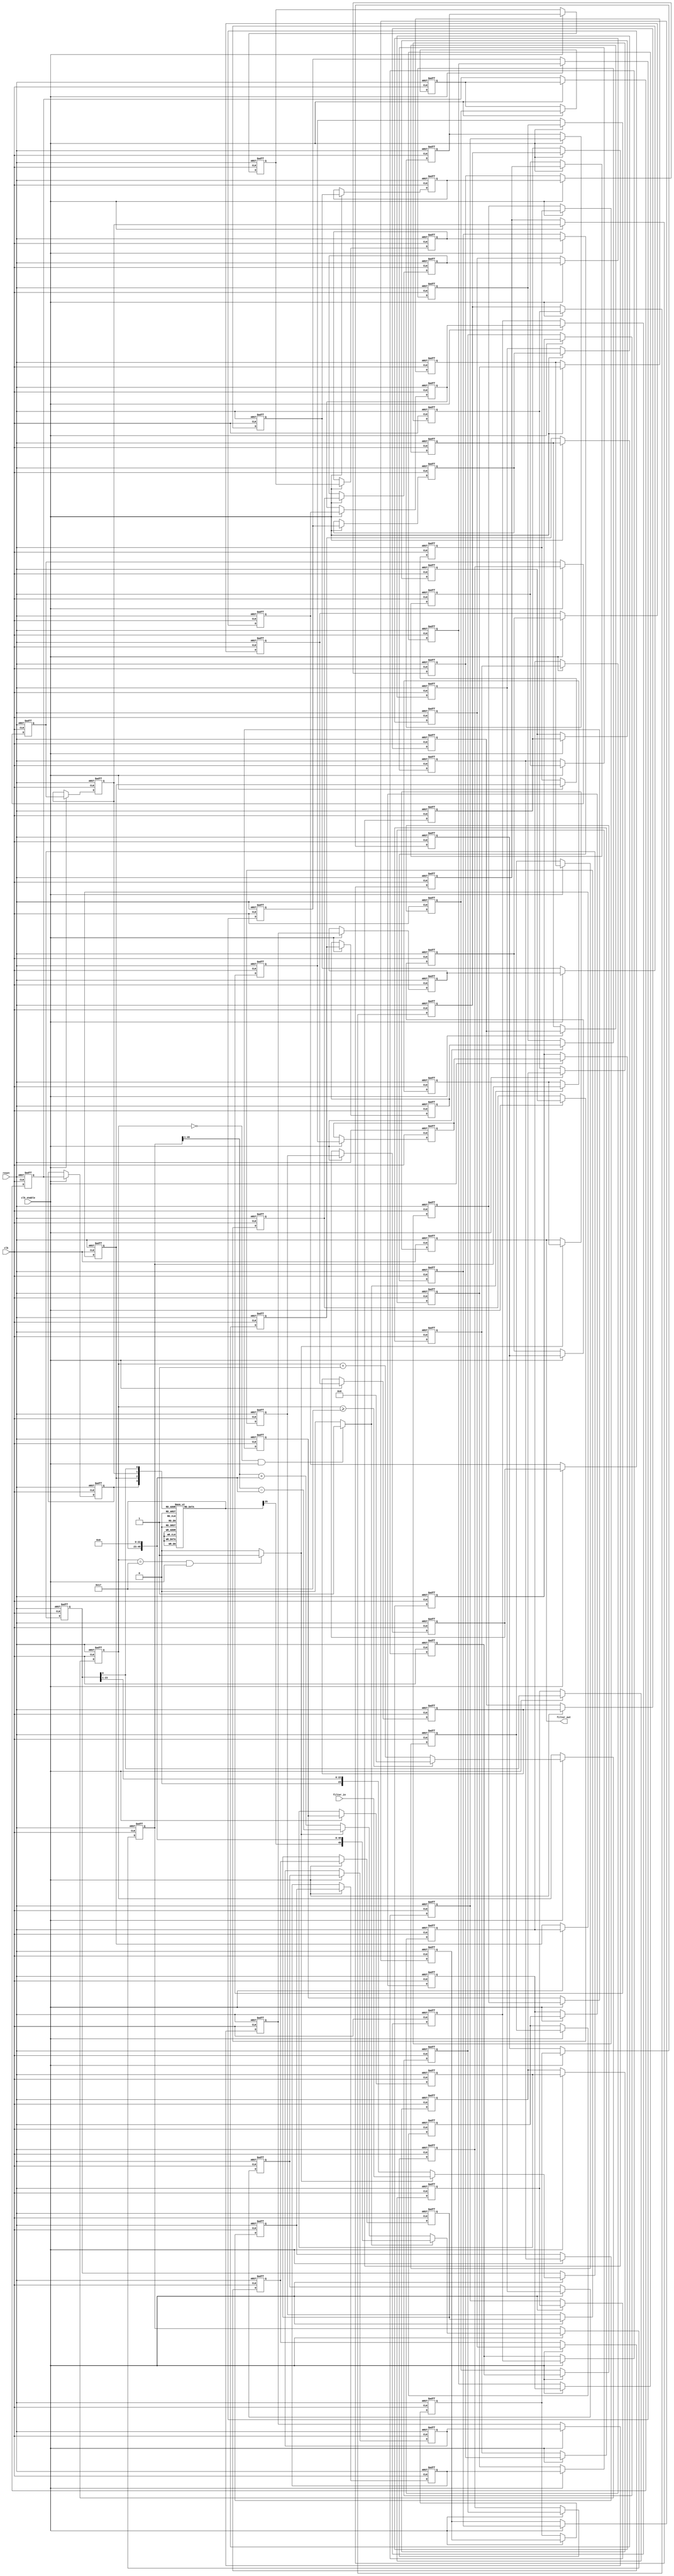
// -------------------------------------------------------------
//
// Module: fir_min_24b_da
// Generated by MATLAB(R) 9.12 and Filter Design HDL Coder 3.1.11.
// Generated on: 2023-06-27 19:43:58
// -------------------------------------------------------------

// -------------------------------------------------------------
// HDL Code Generation Options:
//
// FIRAdderStyle: tree
// MultiplierInputPipeline: 1
// MultiplierOutputPipeline: 1
// OptimizeForHDL: on
// TargetDirectory: W:\Nikos\UTh\ \Project\FIR_Minimum_Order\distributed_arithmetic\24b_fixed_point
// AddPipelineRegisters: on
// Name: fir_min_24b_da
// DALUTPartition: 4
// InputDataType: numerictype(1,24,0)
// TargetLanguage: Verilog
// TestBenchName: fir_min_24b_da_tb
// TestBenchStimulus: impulse step ramp chirp noise 

// Filter Specifications:
//
// Sample Rate     : 46 kHz
// Response        : Lowpass
// Specification   : N,Fp,Fst,Ap
// Stopband Edge   : 9.6 kHz
// Passband Ripple : 60 dB
// Filter Order    : 3
// Passband Edge   : 8 kHz
// -------------------------------------------------------------

// -------------------------------------------------------------
// HDL Implementation    : Distributed arithmetic (DA)
// Folding Factor        : 24
// LUT Address Width     : 4
// Total LUT Size (bits) : 416
// -------------------------------------------------------------
// Filter Settings:
//
// Discrete-Time FIR Filter (real)
// -------------------------------
// Filter Structure  : Direct-Form FIR
// Filter Length     : 4
// Stable            : Yes
// Linear Phase      : Yes (Type 2)
// Arithmetic        : fixed
// Numerator         : s24,32 -> [-1.953125e-03 1.953125e-03)
// -------------------------------------------------------------




`timescale 1 ns / 1 ns

module fir_min_24b_da
               (
                clk,
                clk_enable,
                reset,
                filter_in,
                filter_out
                );

  input   clk; 
  input   clk_enable; 
  input   reset; 
  input   signed [23:0] filter_in; //sfix24
  output  signed [49:0] filter_out; //sfix50_En32

////////////////////////////////////////////////////////////////
//Module Architecture: fir_min_24b_da
////////////////////////////////////////////////////////////////
  // Local Functions
  // Type Definitions
  // Constants
  parameter signed [23:0] coeff1 = 24'b001111110011111010100011; //sfix24_En32
  parameter signed [23:0] coeff2 = 24'b010001101000010110011010; //sfix24_En32
  parameter signed [23:0] coeff3 = 24'b010001101000010110011010; //sfix24_En32
  parameter signed [23:0] coeff4 = 24'b001111110011111010100011; //sfix24_En32

  // Signals
  wire signed [23:0] filter_in_cast; // sfix24
  reg  [4:0] cur_count; // ufix5
  wire phase_23; // boolean
  wire phase_0; // boolean
  wire serialoutb1; // ufix1
  reg  signed [23:0] shiftreg; // sfix24
  reg  delay_pipeline [0:71] ; // boolean
  wire [3:0] mem_addr; // ufix4
  reg  signed [25:0] memoutb1; // sfix26_En32
  reg  signed [49:0] acc_out; // sfix50_En55
  wire signed [49:0] memoutb1_cast; // sfix50_En55
  wire signed [49:0] add_sub_out; // sfix50_En55
  wire signed [49:0] acc_out_shft; // sfix50_En55
  wire signed [49:0] acc_in; // sfix50_En55
  wire signed [49:0] addsub_add; // sfix50_En55
  wire signed [49:0] addsub_sub; // sfix50_En55
  wire signed [49:0] add_signext; // sfix50_En55
  wire signed [49:0] add_signext_1; // sfix50_En55
  wire signed [50:0] add_temp; // sfix51_En55
  wire signed [49:0] sub_signext; // sfix50_En55
  wire signed [49:0] sub_signext_1; // sfix50_En55
  wire signed [50:0] sub_temp; // sfix51_En55
  reg  signed [49:0] final_acc_out; // sfix50_En55
  wire signed [49:0] output_da; // sfix50_En32
  wire signed [49:0] output_typeconvert; // sfix50_En32
  reg  signed [49:0] output_register; // sfix50_En32

  // Block Statements
  assign filter_in_cast = filter_in;

  always @ (posedge clk or posedge reset)
    begin: Counter_process
      if (reset == 1'b1) begin
        cur_count <= 5'b10111;
      end
      else begin
        if (clk_enable == 1'b1) begin
          if (cur_count >= 5'b10111) begin
            cur_count <= 5'b00000;
          end
          else begin
            cur_count <= cur_count + 5'b00001;
          end
        end
      end
    end // Counter_process

  assign  phase_23 = (cur_count == 5'b10111 && clk_enable == 1'b1) ? 1'b1 : 1'b0;

  assign  phase_0 = (cur_count == 5'b00000 && clk_enable == 1'b1) ? 1'b1 : 1'b0;

  always @ (posedge clk or posedge reset)
    begin: Serializer_1_process
      if (reset == 1'b1) begin
        shiftreg <= 24'b000000000000000000000000;
      end
      else begin
        if (clk_enable == 1'b1) begin
          if (phase_23 == 1'b1) begin
            shiftreg <= filter_in_cast;
          end
          else begin
            shiftreg <= {1'b0, shiftreg[23 : 1]};
          end
        end
      end 
    end // Serializer_1_process;

  assign   serialoutb1=shiftreg[0];
 
  always @( posedge clk or posedge reset)
    begin: Delay_Pipeline_1_process
      if (reset == 1'b1) begin
        delay_pipeline[0] <= 1'b0;
        delay_pipeline[1] <= 1'b0;
        delay_pipeline[2] <= 1'b0;
        delay_pipeline[3] <= 1'b0;
        delay_pipeline[4] <= 1'b0;
        delay_pipeline[5] <= 1'b0;
        delay_pipeline[6] <= 1'b0;
        delay_pipeline[7] <= 1'b0;
        delay_pipeline[8] <= 1'b0;
        delay_pipeline[9] <= 1'b0;
        delay_pipeline[10] <= 1'b0;
        delay_pipeline[11] <= 1'b0;
        delay_pipeline[12] <= 1'b0;
        delay_pipeline[13] <= 1'b0;
        delay_pipeline[14] <= 1'b0;
        delay_pipeline[15] <= 1'b0;
        delay_pipeline[16] <= 1'b0;
        delay_pipeline[17] <= 1'b0;
        delay_pipeline[18] <= 1'b0;
        delay_pipeline[19] <= 1'b0;
        delay_pipeline[20] <= 1'b0;
        delay_pipeline[21] <= 1'b0;
        delay_pipeline[22] <= 1'b0;
        delay_pipeline[23] <= 1'b0;
        delay_pipeline[24] <= 1'b0;
        delay_pipeline[25] <= 1'b0;
        delay_pipeline[26] <= 1'b0;
        delay_pipeline[27] <= 1'b0;
        delay_pipeline[28] <= 1'b0;
        delay_pipeline[29] <= 1'b0;
        delay_pipeline[30] <= 1'b0;
        delay_pipeline[31] <= 1'b0;
        delay_pipeline[32] <= 1'b0;
        delay_pipeline[33] <= 1'b0;
        delay_pipeline[34] <= 1'b0;
        delay_pipeline[35] <= 1'b0;
        delay_pipeline[36] <= 1'b0;
        delay_pipeline[37] <= 1'b0;
        delay_pipeline[38] <= 1'b0;
        delay_pipeline[39] <= 1'b0;
        delay_pipeline[40] <= 1'b0;
        delay_pipeline[41] <= 1'b0;
        delay_pipeline[42] <= 1'b0;
        delay_pipeline[43] <= 1'b0;
        delay_pipeline[44] <= 1'b0;
        delay_pipeline[45] <= 1'b0;
        delay_pipeline[46] <= 1'b0;
        delay_pipeline[47] <= 1'b0;
        delay_pipeline[48] <= 1'b0;
        delay_pipeline[49] <= 1'b0;
        delay_pipeline[50] <= 1'b0;
        delay_pipeline[51] <= 1'b0;
        delay_pipeline[52] <= 1'b0;
        delay_pipeline[53] <= 1'b0;
        delay_pipeline[54] <= 1'b0;
        delay_pipeline[55] <= 1'b0;
        delay_pipeline[56] <= 1'b0;
        delay_pipeline[57] <= 1'b0;
        delay_pipeline[58] <= 1'b0;
        delay_pipeline[59] <= 1'b0;
        delay_pipeline[60] <= 1'b0;
        delay_pipeline[61] <= 1'b0;
        delay_pipeline[62] <= 1'b0;
        delay_pipeline[63] <= 1'b0;
        delay_pipeline[64] <= 1'b0;
        delay_pipeline[65] <= 1'b0;
        delay_pipeline[66] <= 1'b0;
        delay_pipeline[67] <= 1'b0;
        delay_pipeline[68] <= 1'b0;
        delay_pipeline[69] <= 1'b0;
        delay_pipeline[70] <= 1'b0;
        delay_pipeline[71] <= 1'b0;
      end
      else begin
        if (clk_enable == 1'b1) begin
          delay_pipeline[0] <= serialoutb1;
          delay_pipeline[1] <= delay_pipeline[0];
          delay_pipeline[2] <= delay_pipeline[1];
          delay_pipeline[3] <= delay_pipeline[2];
          delay_pipeline[4] <= delay_pipeline[3];
          delay_pipeline[5] <= delay_pipeline[4];
          delay_pipeline[6] <= delay_pipeline[5];
          delay_pipeline[7] <= delay_pipeline[6];
          delay_pipeline[8] <= delay_pipeline[7];
          delay_pipeline[9] <= delay_pipeline[8];
          delay_pipeline[10] <= delay_pipeline[9];
          delay_pipeline[11] <= delay_pipeline[10];
          delay_pipeline[12] <= delay_pipeline[11];
          delay_pipeline[13] <= delay_pipeline[12];
          delay_pipeline[14] <= delay_pipeline[13];
          delay_pipeline[15] <= delay_pipeline[14];
          delay_pipeline[16] <= delay_pipeline[15];
          delay_pipeline[17] <= delay_pipeline[16];
          delay_pipeline[18] <= delay_pipeline[17];
          delay_pipeline[19] <= delay_pipeline[18];
          delay_pipeline[20] <= delay_pipeline[19];
          delay_pipeline[21] <= delay_pipeline[20];
          delay_pipeline[22] <= delay_pipeline[21];
          delay_pipeline[23] <= delay_pipeline[22];
          delay_pipeline[24] <= delay_pipeline[23];
          delay_pipeline[25] <= delay_pipeline[24];
          delay_pipeline[26] <= delay_pipeline[25];
          delay_pipeline[27] <= delay_pipeline[26];
          delay_pipeline[28] <= delay_pipeline[27];
          delay_pipeline[29] <= delay_pipeline[28];
          delay_pipeline[30] <= delay_pipeline[29];
          delay_pipeline[31] <= delay_pipeline[30];
          delay_pipeline[32] <= delay_pipeline[31];
          delay_pipeline[33] <= delay_pipeline[32];
          delay_pipeline[34] <= delay_pipeline[33];
          delay_pipeline[35] <= delay_pipeline[34];
          delay_pipeline[36] <= delay_pipeline[35];
          delay_pipeline[37] <= delay_pipeline[36];
          delay_pipeline[38] <= delay_pipeline[37];
          delay_pipeline[39] <= delay_pipeline[38];
          delay_pipeline[40] <= delay_pipeline[39];
          delay_pipeline[41] <= delay_pipeline[40];
          delay_pipeline[42] <= delay_pipeline[41];
          delay_pipeline[43] <= delay_pipeline[42];
          delay_pipeline[44] <= delay_pipeline[43];
          delay_pipeline[45] <= delay_pipeline[44];
          delay_pipeline[46] <= delay_pipeline[45];
          delay_pipeline[47] <= delay_pipeline[46];
          delay_pipeline[48] <= delay_pipeline[47];
          delay_pipeline[49] <= delay_pipeline[48];
          delay_pipeline[50] <= delay_pipeline[49];
          delay_pipeline[51] <= delay_pipeline[50];
          delay_pipeline[52] <= delay_pipeline[51];
          delay_pipeline[53] <= delay_pipeline[52];
          delay_pipeline[54] <= delay_pipeline[53];
          delay_pipeline[55] <= delay_pipeline[54];
          delay_pipeline[56] <= delay_pipeline[55];
          delay_pipeline[57] <= delay_pipeline[56];
          delay_pipeline[58] <= delay_pipeline[57];
          delay_pipeline[59] <= delay_pipeline[58];
          delay_pipeline[60] <= delay_pipeline[59];
          delay_pipeline[61] <= delay_pipeline[60];
          delay_pipeline[62] <= delay_pipeline[61];
          delay_pipeline[63] <= delay_pipeline[62];
          delay_pipeline[64] <= delay_pipeline[63];
          delay_pipeline[65] <= delay_pipeline[64];
          delay_pipeline[66] <= delay_pipeline[65];
          delay_pipeline[67] <= delay_pipeline[66];
          delay_pipeline[68] <= delay_pipeline[67];
          delay_pipeline[69] <= delay_pipeline[68];
          delay_pipeline[70] <= delay_pipeline[69];
          delay_pipeline[71] <= delay_pipeline[70];
        end
      end
    end // Delay_Pipeline_1_process


  assign mem_addr = {delay_pipeline[71], delay_pipeline[47], delay_pipeline[23], serialoutb1};

  always @(mem_addr)
  begin
    case(mem_addr)
      4'b0000 : memoutb1 = 26'b00000000000000000000000000;
      4'b0001 : memoutb1 = 26'b00001111110011111010100011;
      4'b0010 : memoutb1 = 26'b00010001101000010110011010;
      4'b0011 : memoutb1 = 26'b00100001011100010000111101;
      4'b0100 : memoutb1 = 26'b00010001101000010110011010;
      4'b0101 : memoutb1 = 26'b00100001011100010000111101;
      4'b0110 : memoutb1 = 26'b00100011010000101100110100;
      4'b0111 : memoutb1 = 26'b00110011000100100111010111;
      4'b1000 : memoutb1 = 26'b00001111110011111010100011;
      4'b1001 : memoutb1 = 26'b00011111100111110101000110;
      4'b1010 : memoutb1 = 26'b00100001011100010000111101;
      4'b1011 : memoutb1 = 26'b00110001010000001011100000;
      4'b1100 : memoutb1 = 26'b00100001011100010000111101;
      4'b1101 : memoutb1 = 26'b00110001010000001011100000;
      4'b1110 : memoutb1 = 26'b00110011000100100111010111;
      4'b1111 : memoutb1 = 26'b01000010111000100001111010;
      default : memoutb1 = 26'b01000010111000100001111010;
    endcase
  end

  //  Shift and add the LUT results to compute the scaled accumulated sum

  assign memoutb1_cast = $signed({memoutb1[25:0], 23'b00000000000000000000000});

  assign acc_out_shft = $signed({{1{acc_out[49]}}, acc_out[49:1]});

  assign add_signext = acc_out_shft;
  assign add_signext_1 = memoutb1_cast;
  assign add_temp = add_signext + add_signext_1;
  assign addsub_add = add_temp[49:0];

  assign sub_signext = acc_out_shft;
  assign sub_signext_1 = memoutb1_cast;
  assign sub_temp = sub_signext - sub_signext_1;
  assign addsub_sub = sub_temp[49:0];

  assign add_sub_out = (phase_23 == 1'b1) ? addsub_sub :
                      addsub_add;

  assign acc_in = (phase_0 == 1'b1) ? memoutb1_cast :
            add_sub_out;

  always @ (posedge clk or posedge reset)
    begin: Acc_reg_process
      if (reset == 1'b1) begin
        acc_out <= 0;
      end
      else begin
        if (clk_enable == 1'b1) begin
          acc_out <= acc_in;
        end
      end
    end // Acc_reg_process

  always @ (posedge clk or posedge reset)
    begin: Finalsum_reg_process
      if (reset == 1'b1) begin
        final_acc_out <= 0;
      end
      else begin
        if (phase_0 == 1'b1) begin
          final_acc_out <= acc_out;
        end
      end
    end // Finalsum_reg_process

  assign output_da = final_acc_out;

  assign output_typeconvert = output_da;

  always @ (posedge clk or posedge reset)
    begin: Output_Register_process
      if (reset == 1'b1) begin
        output_register <= 0;
      end
      else begin
        if (phase_23 == 1'b1) begin
          output_register <= output_typeconvert;
        end
      end
    end // Output_Register_process

  // Assignment Statements
  assign filter_out = output_register;
endmodule  // fir_min_24b_da